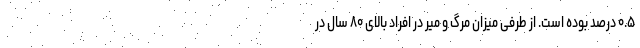
۰.۵ درصد بوده است. از طرفی میزان مرگ و میر در افراد بالای ۸۰ سال در